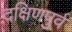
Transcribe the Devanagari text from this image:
दक्षिणपुर्व